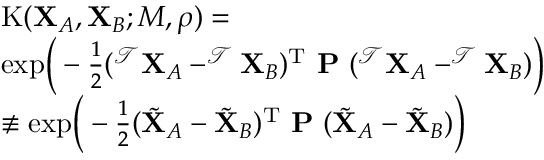
\begin{array} { r l } & { \mathrm { K } ( \mathbf { X } _ { A } , \mathbf { X } _ { B } ; M , \boldsymbol { \rho } ) = } \\ & { \mathrm { e x p } \Big ( - \frac { 1 } { 2 } ( ^ { \mathcal { T } } \mathbf { X } _ { A } - ^ { \mathcal { T } } \mathbf { X } _ { B } ) ^ { \mathrm { T } } \ \mathbf { P } \ ( ^ { \mathcal { T } } \mathbf { X } _ { A } - ^ { \mathcal { T } } \mathbf { X } _ { B } ) \Big ) } \\ & { \not \equiv \mathrm { e x p } \Big ( - \frac { 1 } { 2 } ( \tilde { \mathbf { X } } _ { A } - \tilde { \mathbf { X } } _ { B } ) ^ { \mathrm { T } } \ \mathbf { P } \ ( \tilde { \mathbf { X } } _ { A } - \tilde { \mathbf { X } } _ { B } ) \Big ) } \end{array}